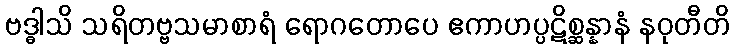
ဗဒ္ဓါသိ သရိတဗ္ဗသမာစာရံ ရောဂတောပေ ဧကာဟပ္ပဋိစ္ဆန္နာနံ နဝုတီတိ